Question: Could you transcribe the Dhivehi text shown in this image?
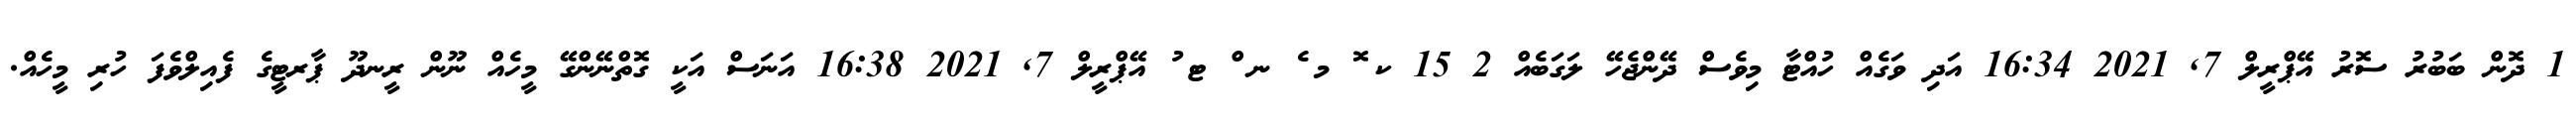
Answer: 1 ދޮން ބަބުރު ސޮރު އޭޕްރީލް 7, 2021 16:34 އަދި ވަގެއް ހުއްޓާ މިވެސް ދޭންޖެހޭ ލަގަބެއް 2 15 ކ ޮ މ ެ ނ ް ޓ ު އޭޕްރީލް 7, 2021 16:38 އަނަސް އަކީ ގޮތްނޭންގޭ މީހެއް ނޫން ރީނދޫ ޕާރޓީގެ ފެއިލްވެފަ ހުރި މީހެއް.